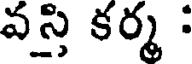
వస్తి కర్మ :